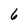
Character: 6